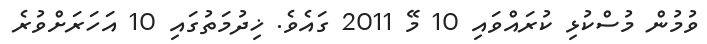
ވުމުން މުސްކުޅި ކުރައްވައި 10 މޭ 2011 ގައެވެ. ޚިދުމަތުގައި 10 އަހަރަށްވުރެ